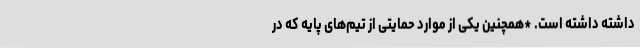
داشته داشته است. *همچنین یکی از موارد حمایتی از تیم‌های پایه که در